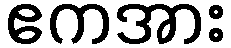
ဧကအား